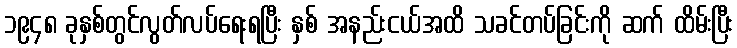
၁၉၄၈ ခုနှစ်တွင်လွတ်လပ်ရေးရပြီး နှစ် အနည်းငယ်အထိ သခင်တပ်ခြင်းကို ဆက် ထိမ်းပြီး